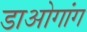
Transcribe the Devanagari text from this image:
डाओगांग